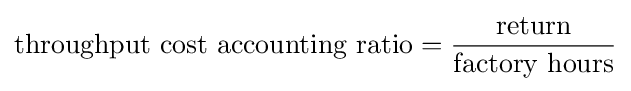
{\text{throughput cost accounting ratio}}={\frac {\text{return}}{\text{factory hours}}}